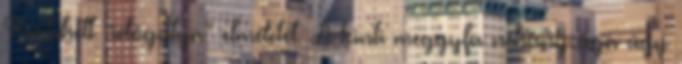
Pratchett “időgatya” elméletét. A kinti meggyfa néhány ága úgy